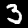
Label: 3